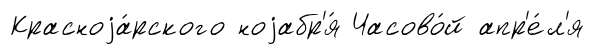
Красноjа́рского ноjабр'я́ Часово́й апр'е́л'я